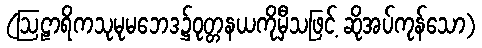
(ဩဠာရိကသုမုမဘေဒ၌ဝုတ္တနယကိုမှီသဖြင့် ဆိုအပ်ကုန်သော)